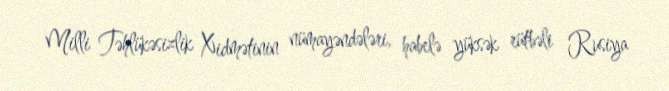
Milli Təhlükəsizlik Xidmətinin nümayəndələri, habelə yüksək rütbəli Rusiya